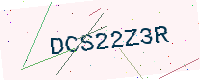
Text: DCS22Z3R